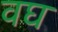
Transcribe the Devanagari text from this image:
वघ